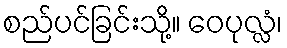
စည်ပင်ခြင်းသို့။ ဝေပုလ္လံ၊